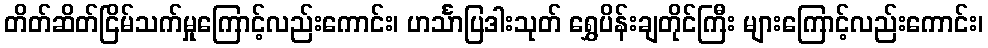
တိတ်ဆိတ်ငြိမ်သက်မှုကြောင့်လည်းကောင်း၊ ဟင်္သာပြဒါးသုတ် ရွှေပိန်းချတိုင်ကြီး များကြောင့်လည်းကောင်း၊